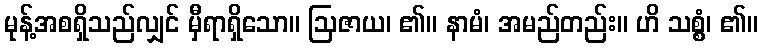
မုန့်အစရှိသည်လျှင် မှီရာရှိသော။ ဩဇာယ၊ ၏။ နာမံ၊ အမည်တည်း။ ဟိ သစ္စံ၊ ၏။